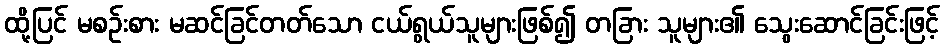
ထို့ပြင် မစဉ်းစား မဆင်ခြင်တတ်သော ငယ်ရွယ်သူများဖြစ်၍ တခြား သူများ၏ သွေးဆောင်ခြင်းဖြင့်